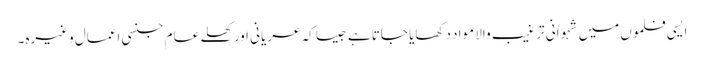
ایسی فلموں میں شہوانی ترغیب والا مواد دکھایا جاتا ہے جیسا کہ عریانی اور کھلے عام جنسی اعمال وغیرہ۔